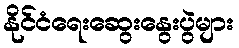
နိုင်ငံရေးဆွေးနွေးပွဲများ